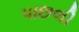
પાછલી